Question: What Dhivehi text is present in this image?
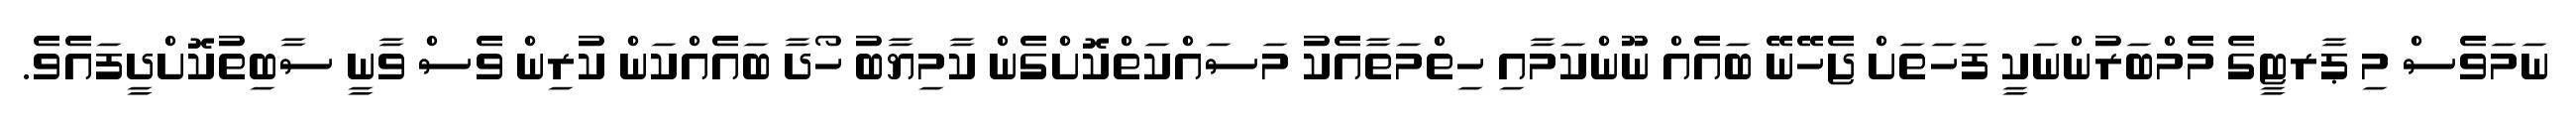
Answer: ނަމަވެސް މި ޕާރޓީގެ މެމްބަރުންނަކީ ފަހަތަށް ޖެހޭނޭ ބައެއް ނޫންކަމާއި ހިތްމަތާއެކު މަސައްކަތްކޮށްގެން ކާމިޔާބު ހޯދާ ބައެއްކަން ކުރިން ވެސް ވާނީ ސާބިތުކޮށްދީފައެވެ.